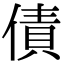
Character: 債